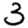
Digit: 3